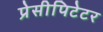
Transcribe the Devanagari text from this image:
प्रेसीपिटेटर